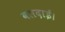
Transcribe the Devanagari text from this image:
बलदाई।